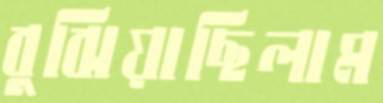
বুঝিয়াছিলাম